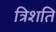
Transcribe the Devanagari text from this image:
त्रिशति